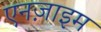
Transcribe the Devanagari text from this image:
एनज़ाइम